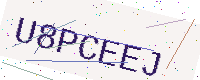
Text: U8PCEEJ